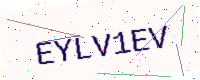
Text: EYLV1EV